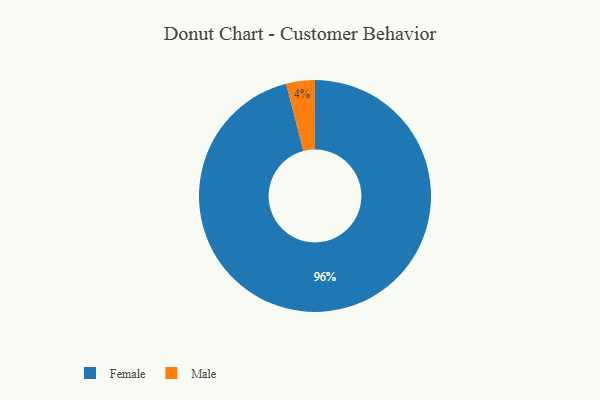
{"axis": {"x": "Category", "y": "Percentage"}, "legend": ["Female", "Male"], "data": [{"x": "Female", "y": 96, "type": "Female"}, {"x": "Male", "y": 4, "type": "Male"}]}